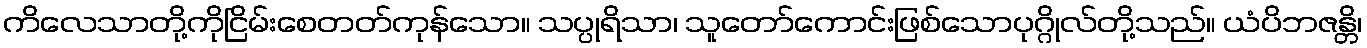
ကိလေသာတို့ကိုငြိမ်းစေတတ်ကုန်သော။ သပ္ပုရိသာ၊ သူတော်ကောင်းဖြစ်သောပုဂ္ဂိုလ်တို့သည်။ ယံပိဘဇန္တိ၊